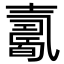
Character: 𡕋